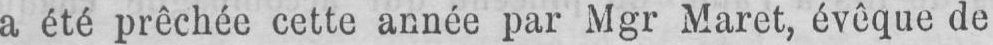
a été prêchée cette année par Mgr Maret, évoque de